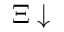
\Xi \downarrow